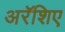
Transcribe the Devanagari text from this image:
अरॅशिए